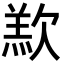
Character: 𣣵